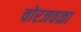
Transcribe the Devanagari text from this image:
चोरजवळा